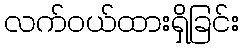
လက်ဝယ်ထားရှိခြင်း